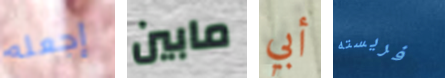
إجعله مابين أبي فريسته